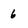
Character: 6